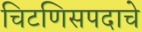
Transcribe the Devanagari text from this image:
चिटणिसपदाचे